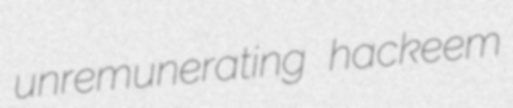
unremunerating hackeem